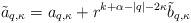
LaTeX: \begin{align*}\tilde a_{q,\kappa} = a_{q,\kappa} + r^{k+\alpha - |q| - 2\kappa} \tilde b_{q,\kappa}\end{align*}